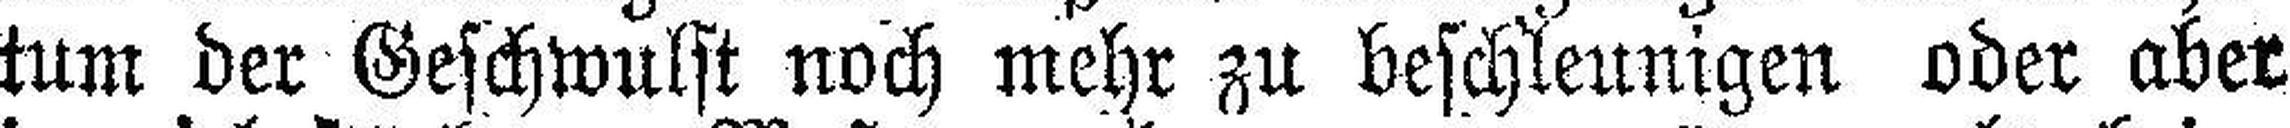
tum der Geschwulst noch mehr zu beschleunigen oder aber